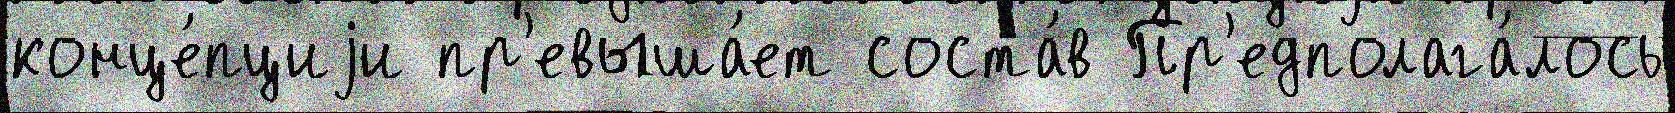
конце́пциjи пр'евыша́ет соста́в Пр'едполага́лось